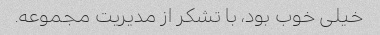
خیلى خوب بود، با تشکر از مدیریت مجموعه.